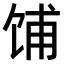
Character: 𫗦